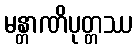
မန္တာဏိပုတ္တဿ